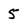
Character: 5